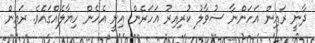
ދާނީ ރައިން އަހަންނާ ސުވާލު ކުރިއިރު އަހަރެން އިނީ އެހެން ހިޔާލެއްގައެވެ. ރައިން